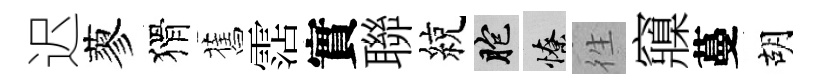
迟蓼猾舊霑實聯綂胞憭徃䆿蔓胡